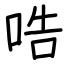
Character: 哠